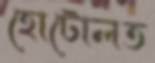
হোটোলত